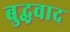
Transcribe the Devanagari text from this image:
बुद्धवाद